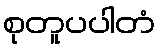
စုတူပပါတံ